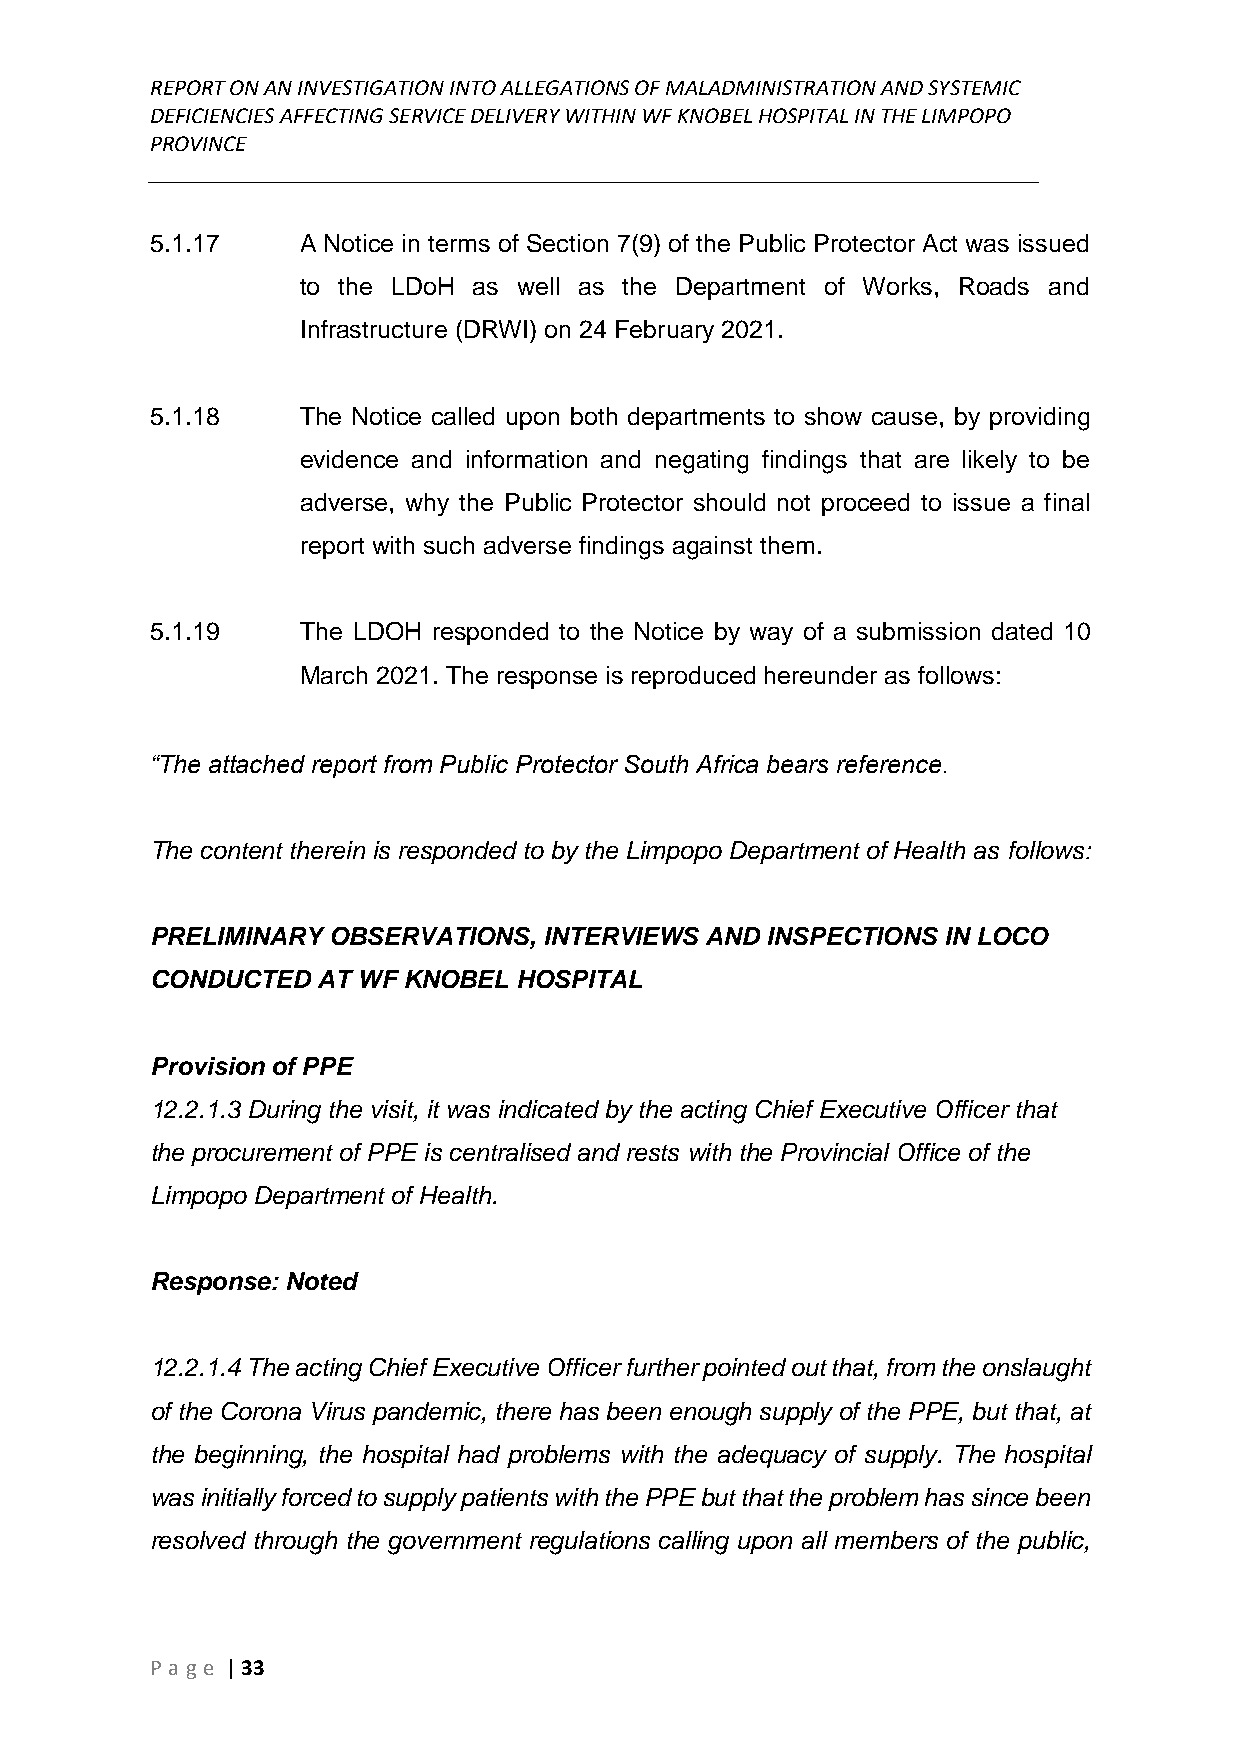
REPORT ON AN INVESTIGATION INTO ALLEGATIONS OF MALADMINISTRATION AND SYSTEMIC
 DEFICIENCIES AFFECTING SERVICE DELIVERY WITHIN WF KNOBEL HOSPITAL IN THE LIMPOPO
 PROVINCE
 ______________________________________________________________________________
 5.1.17    A Notice in terms of Section 7(9) of the Public Protector Act was issued
 to the LDoH as well as the Department of Works, Roads and
 Infrastructure (DRWI) on 24 February 2021.
 5.1.18    The Notice called upon both departments to show cause, by providing
 evidence and information and negating findings that are likely to be
 adverse, why the Public Protector should not proceed to issue a final
 report with such adverse findings against them.
 5.1.19    The LDOH responded to the Notice by way of a submission dated 10
 March 2021. The response is reproduced hereunder as follows:
 “The attached report from Public Protector South Africa bears reference.
 The content therein is responded to by the Limpopo Department of Health as follows:
 PRELIMINARY OBSERVATIONS, INTERVIEWS AND INSPECTIONS IN LOCO
 CONDUCTED  AT WF KNOBEL HOSPITAL
 Provision of PPE
 12.2.1.3 During the visit, it was indicated by the acting Chief Executive Officer that
 the procurement of PPE is centralised and rests with the Provincial Office of the
 Limpopo Department of Health.
 Response: Noted
 12.2.1.4 The acting Chief Executive Officer further pointed out that, from the onslaught
 of the Corona Virus pandemic, there has been enough supply of the PPE, but that, at
 the beginning, the hospital had problems with the adequacy of supply. The hospital
 was initially forced to supply patients with the PPE but that the problem has since been
 resolved through the government regulations calling upon all members of the public,
 P age | 33